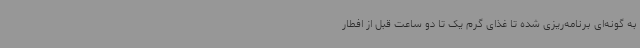
به گونه‌ای برنامه‌ریزی شده تا غذای گرم یک تا دو ساعت قبل از افطار